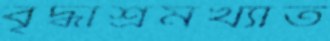
বৃদ্ধাশ্রমখ্যাত